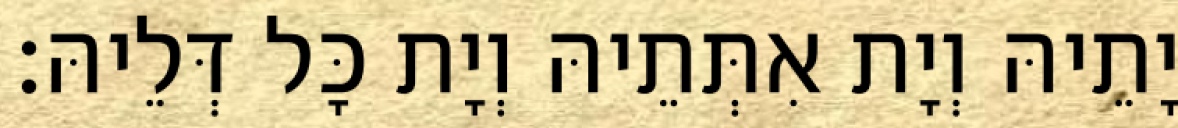
יָתֵיהּ וְיָת אִתְּתֵיהּ וְיָת כָּל דְּלֵיהּ׃